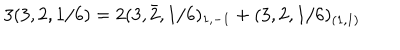
3 ( 3 , 2 , 1 / 6 ) = 2 ( 3 , \bar { 2 } , 1 / 6 ) _ { 1 , - 1 } + ( 3 , 2 , 1 / 6 ) _ { ( 1 , 1 ) }